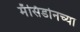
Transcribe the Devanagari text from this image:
मॅसिडोनच्या